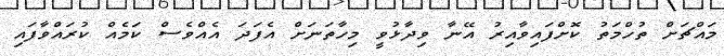
މައްޗަށް ތުހްމަތު ކޮށްފައިވާއިރު އޭނާ ވިދާޅުވީ މިހާތަނަށް އެފަދަ އެއްވެސް ކަމެއް ކުރައްވާފައި